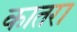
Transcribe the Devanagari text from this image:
कातरा